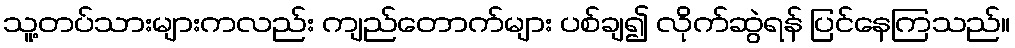
သူ့တပ်သားများကလည်း ကျည်တောက်များ ပစ်ချ၍ လိုက်ဆွဲရန် ပြင်နေကြသည်။